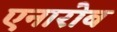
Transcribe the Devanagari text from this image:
एनारोब